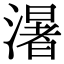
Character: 濐